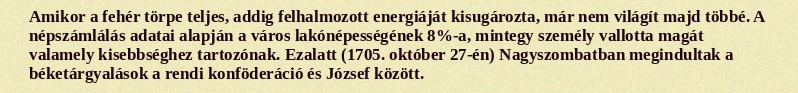
Amikor a fehér törpe teljes, addig felhalmozott energiáját kisugározta, már nem világít majd többé. A népszámlálás adatai alapján a város lakónépességének 8%-a, mintegy személy vallotta magát valamely kisebbséghez tartozónak. Ezalatt (1705. október 27-én) Nagyszombatban megindultak a béketárgyalások a rendi konföderáció és József között.